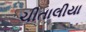
ચીતાલીયા